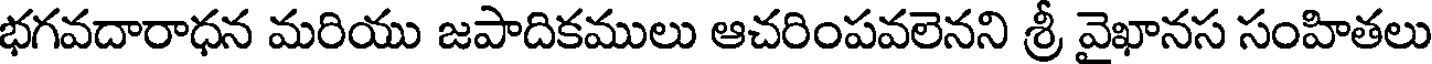
భగవదారాధన మరియు జపాదికములు ఆచరింపవలెనని శ్రీ వైఖానస సంహితలు